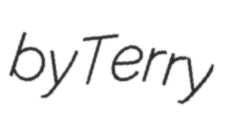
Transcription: by Terry